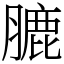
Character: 膔